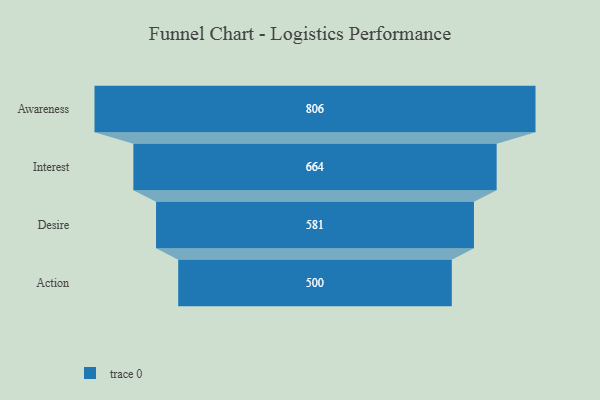
{"axis": {"x": "Stage", "y": "Value"}, "legend": [""], "data": [{"x": "Awareness", "y": 806.0, "type": ""}, {"x": "Interest", "y": 664.0, "type": ""}, {"x": "Desire", "y": 581.0, "type": ""}, {"x": "Action", "y": 500, "type": ""}]}